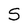
Character: S